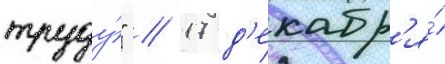
труду́" // 17 д'екабр'я́